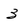
Character: 3